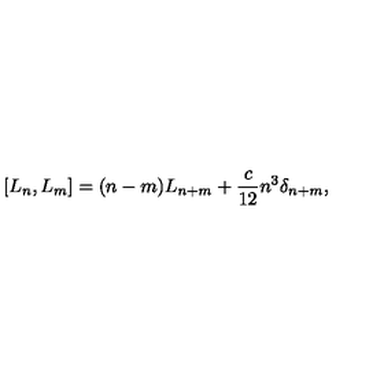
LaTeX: [ L _ { n } , L _ { m } ] = ( n - m ) L _ { n + m } + { \frac { c } { 1 2 } } n ^ { 3 } \delta _ { n + m } ,